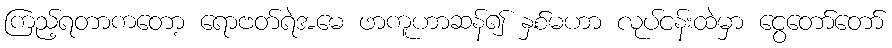
ကြည့်ရတာကတော့ ရောဗတ်ရဲအမေ ဖာကူဟာဆန်၍ နှစ်မဟာ လုပ်ငန်းထဲမှာ ငွေတော်တော်